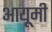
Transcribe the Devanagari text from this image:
आयूमी